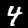
Digit: 4